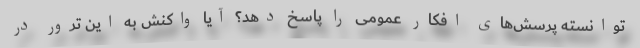
توانسته پرسش‌های افکار عمومی را پاسخ دهد؟ آیا واکنش به این ترور در